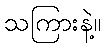
သကြားနဲ့။